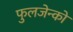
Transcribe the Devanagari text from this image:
फुलजेन्को